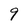
Character: 9